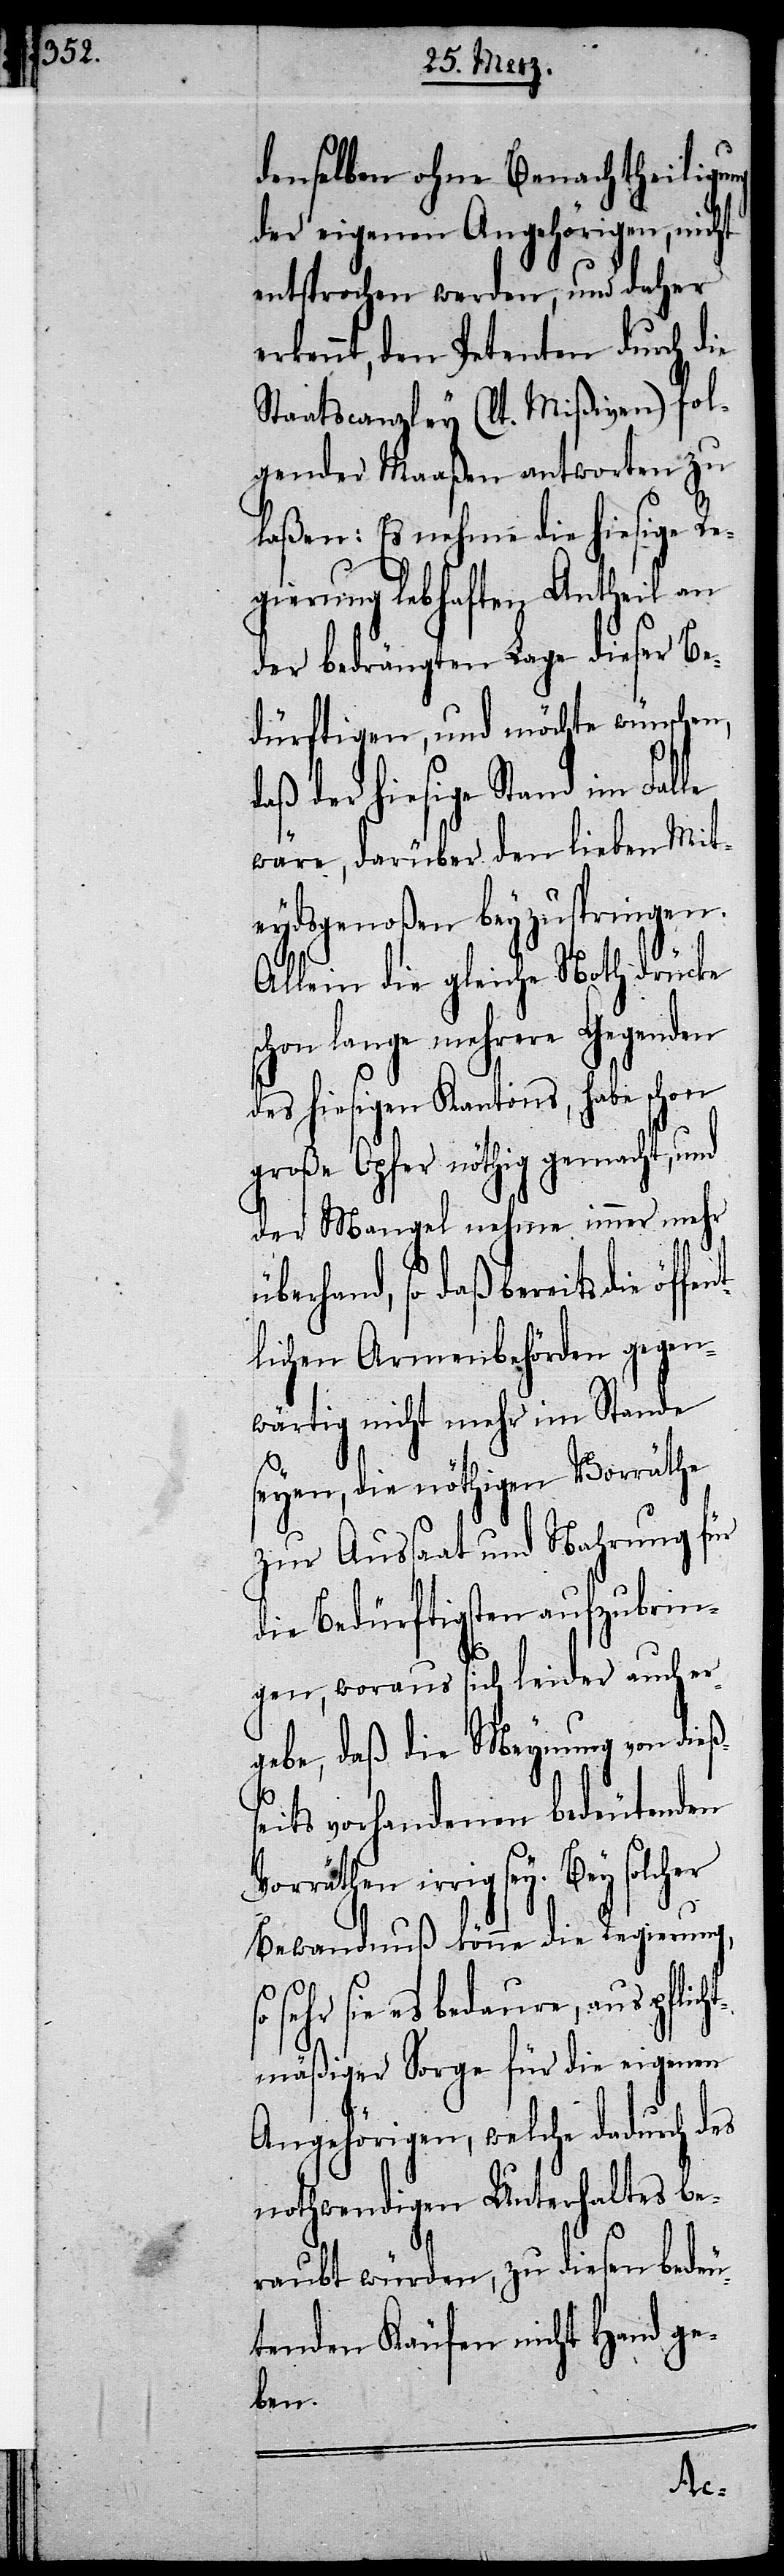
denselben ohne Benachtheiligung
der eigenen Angehörigen, nicht
entsprochen werden, und daher
erkennt, den Petenten durch die
Staatscanzley (lt. Mißiven) fol¬
gender Maaßen antworten zu
laßen: Es nehme die hiesige Re¬
gierung lebhaften Antheil an
der bedrängten Lage dieser Be¬
dürftigen, und möchte wünschen,
daß der hiesige Stand im Falle
wäre, darüber den lieben Mit¬
eydsgenoßen beyzuspringen.
Allein die gleiche Noth drücke
hon lange mehrere Gegenden
des hiesigen Kantons, habe schon
große Opfer nöthig gemacht, und
der Mangel nehme immer mehr
überhand, so daß bereits die öf¬
tlichen Armenbehörden gegen¬
wärtig nicht mehr im Stande
seyen, die nöthigen Vorräthe
zur Aussaat und Nahrung für
die Bedürftigsten aufzubrin¬
gen, woraus sich leider auch er¬
gebe, daß die Meynung von die¬
eits vorhandenen bedeutenden
Vorräthen irrig sey. Bey solcher
Bewandnuß könne die Regierung,
sehr sie es bedaure, aus pflic¬
mäßiger Sorge für die eigenen
Angehörigen, welche dadurch des
nothwendigen Unterhaltes be¬
raubt würden, zu diesen bedeu¬
tenden Käufen nicht Hand ge¬
ben.
ht¬